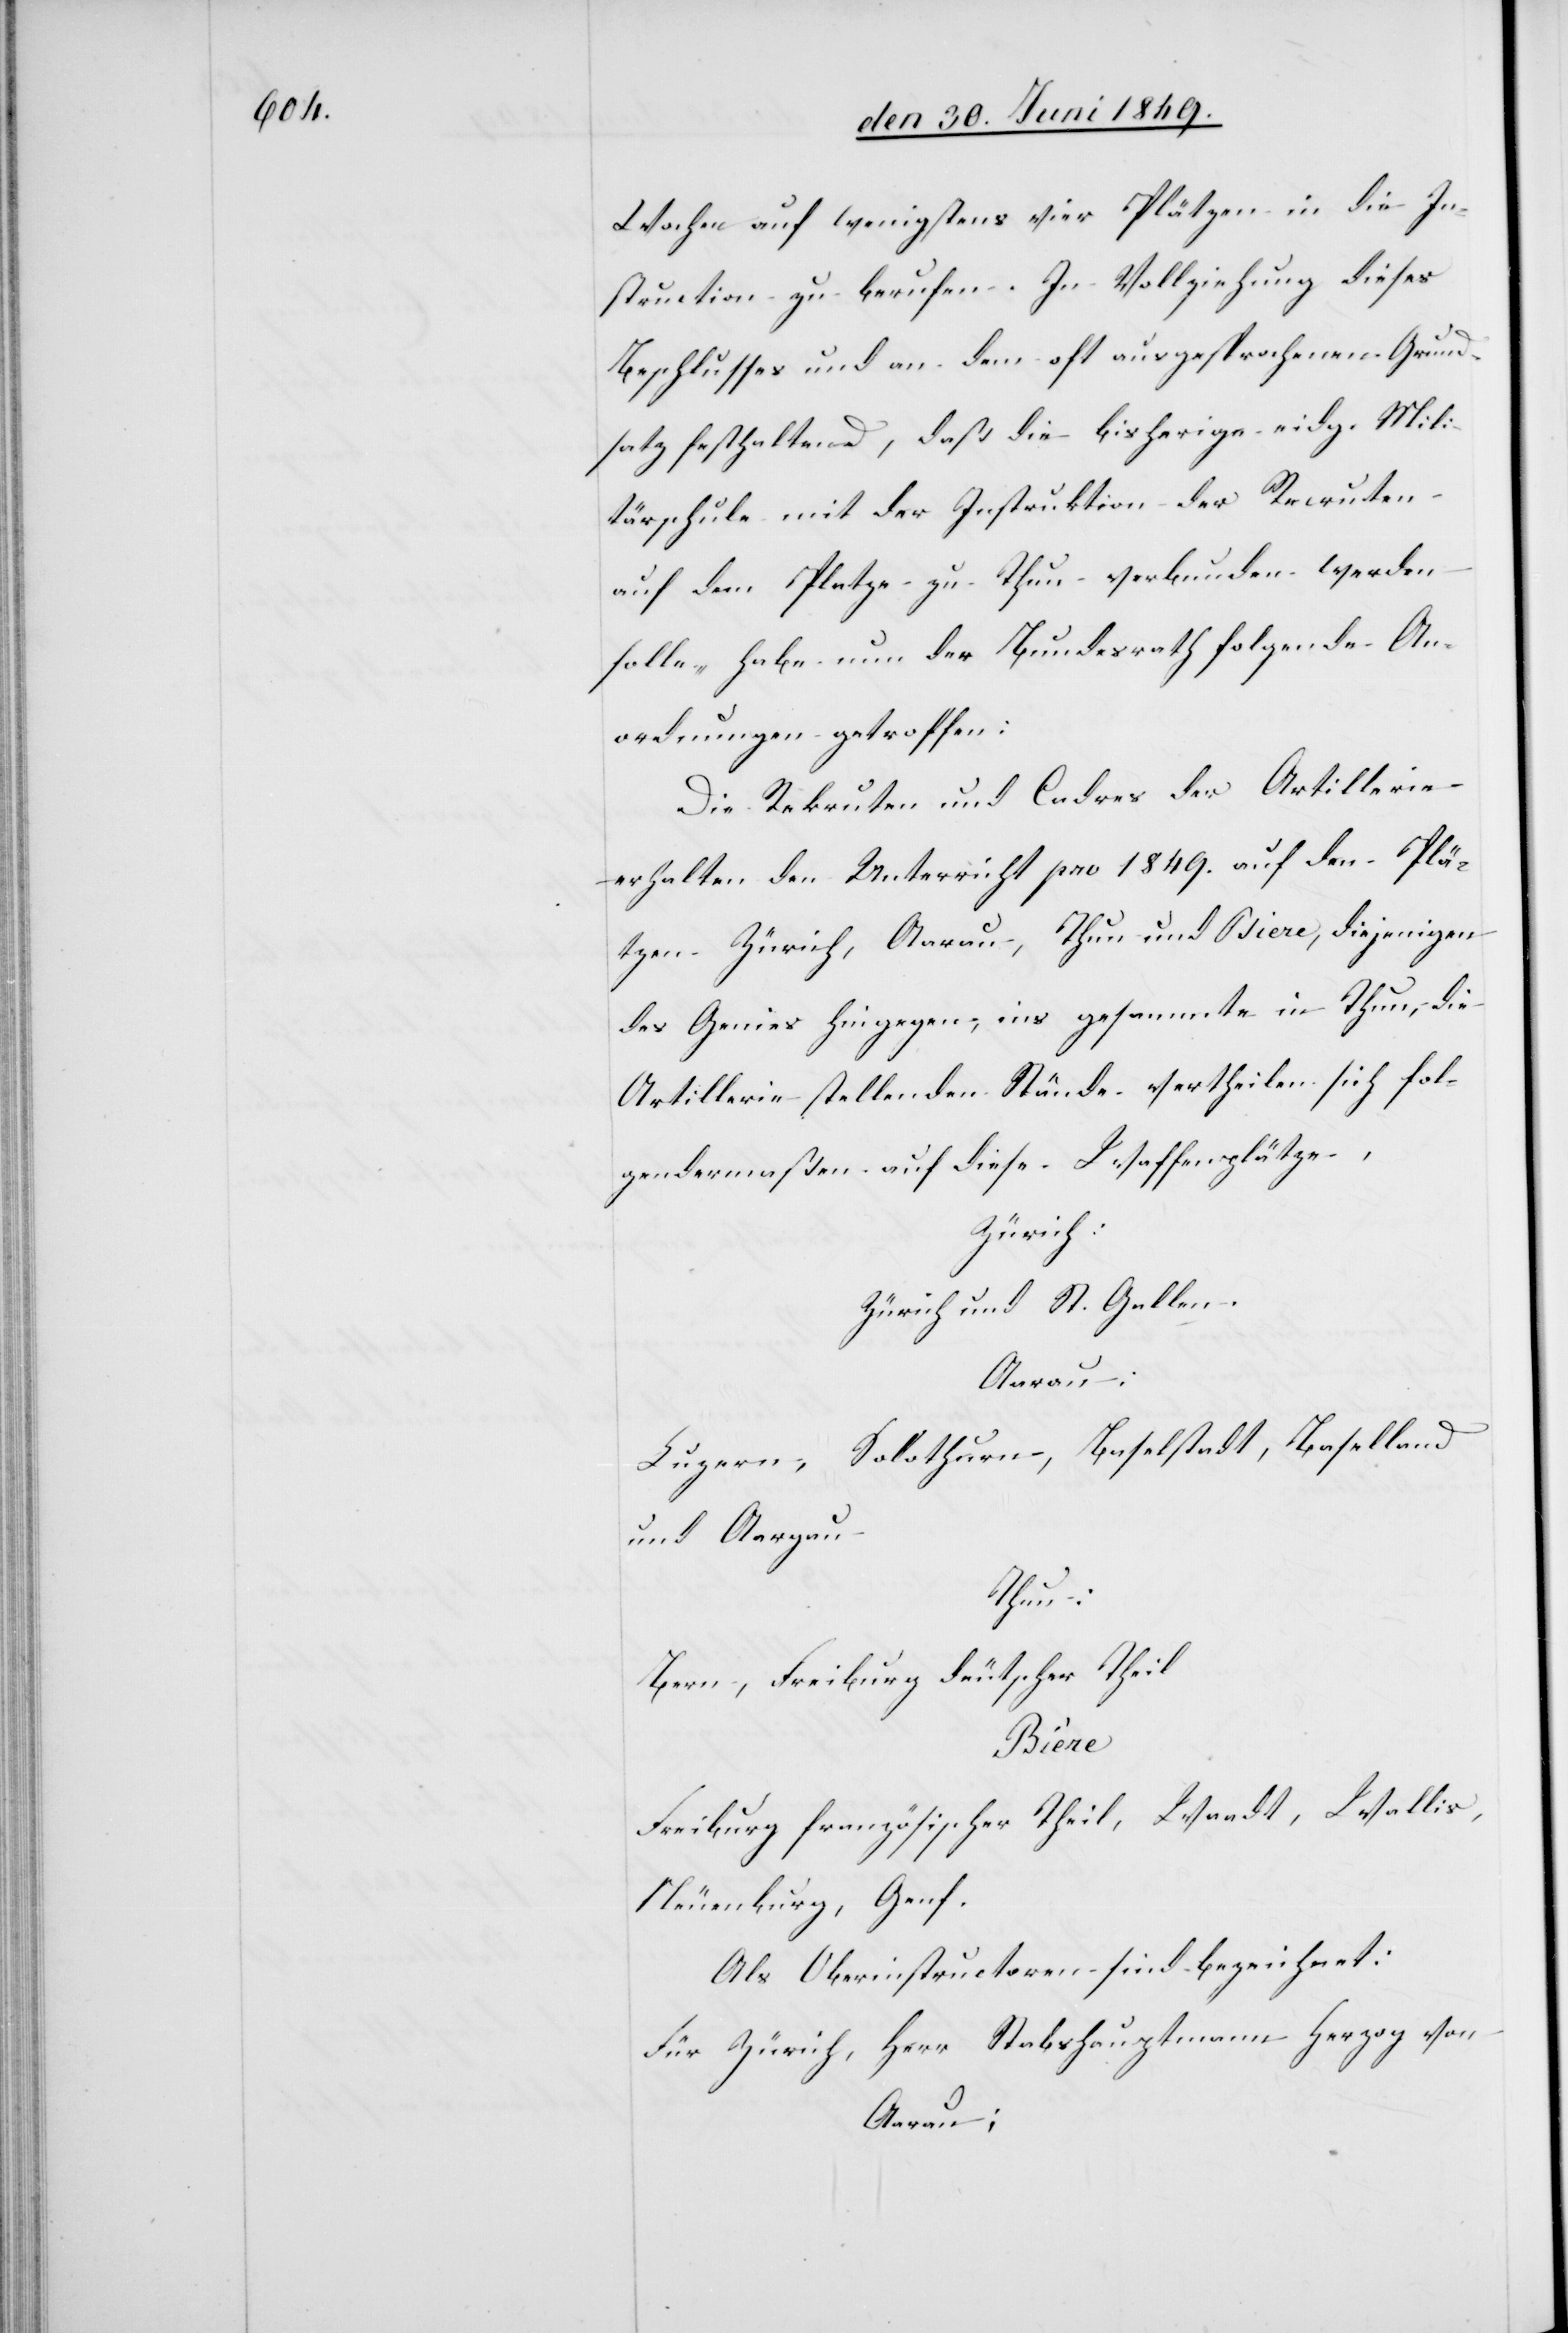
Wochen auf wenigstens vier Plätzen in die In¬
struction zu berufen. In Vollziehung dieses
Beschlusses und an dem oft ausgesprochenen Grund¬
satz festhaltend, daß die bisherige eidg. Mili¬
tärschule mit der Instruktion der Recruten
auf dem Platze zu thun verbunden werden
solle – habe nun der Bundesrath folgende An¬
ordnungen getroffen:
Die Rekruten und Cadres der Artillerie
erhalten den Unterricht pro 1849. auf den Plä¬
tzen Zürich, Aarau, Thun und Biere, diejenigen
des Genies hingegen, ins gesammte in Thun, die
Artillerie stellenden Stände vertheilen sich fol¬
gendermaßen auf diese Waffenplätze,
Zürich:
Zürich und St. Gallen.
Aarau:
Luzern, Solothurn, Baselstadt, Baselland
und Aargau
Thun:
Bern, Freiburg deutscher Theil
Bière
Freiburg französischer Theil, Waadt, Wallis,
Neuenburg, Genf.
Als Oberinstructoren sind bezeichnet:
Für Zürich, Herr Stabshauptmann Herzog von
Aarau;